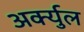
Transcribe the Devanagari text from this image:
अर्क्युल